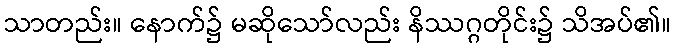
သာတည်း။ နောက်၌ မဆိုသော်လည်း နိဿဂ္ဂတိုင်း၌ သိအပ်၏။